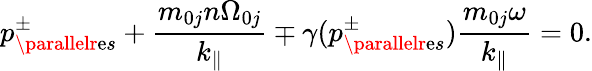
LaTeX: p_{\parallelr\mathrm{e}s}^{\pm}+\frac{{m_{0j}n\Omega_{0j}}}{{k_{\parallel}}}\mp\gamma(p_{\parallelr\mathrm{e}s}^{\pm})\frac{{m_{0j}\omega}}{{k_{\parallel}}}=0.